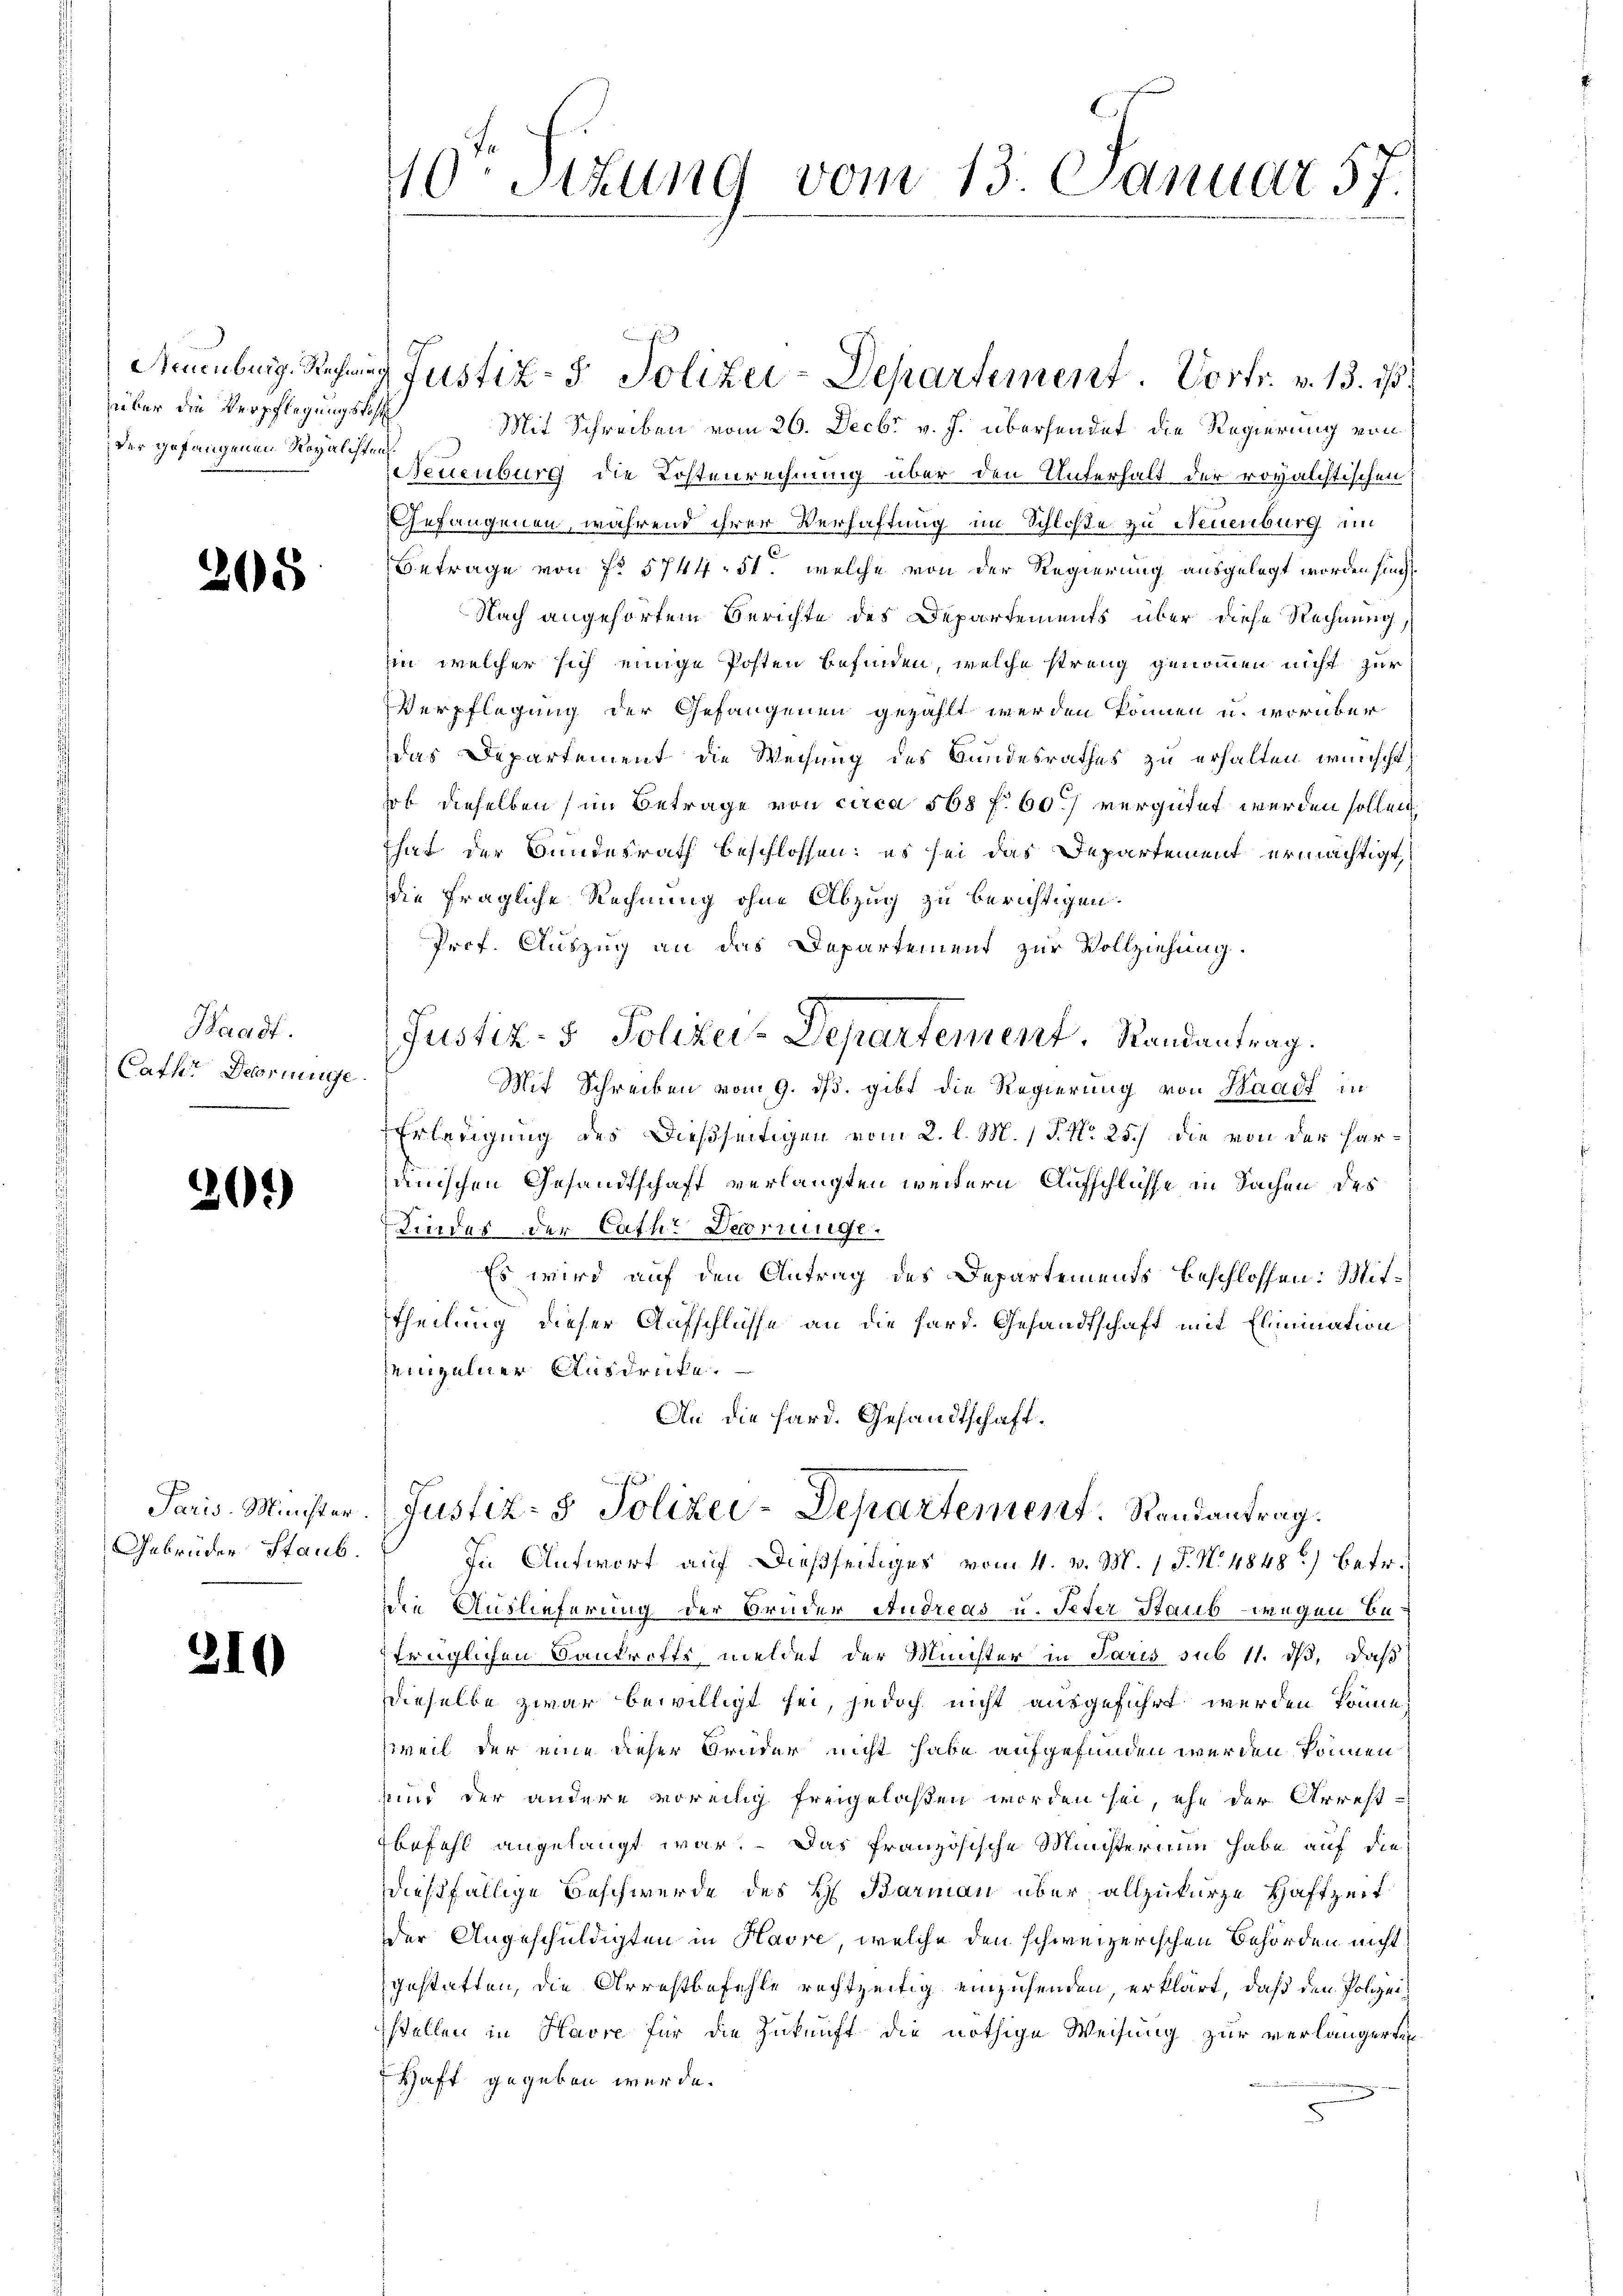
Neuenburg. Rechnen.
über die Verpflegungskos
der gefangenen Regalisten

205

Bradf.
Cathe Decoringe

26)

Paris-Minister
Gebrüder Staub.

310

40 Stzung vom 13. Januar 57.

Mit Schreiben vom 26. Decbr v. J. übersendet die Regierung von
Neuenburg die Kostenrechnung über den Unterhalt der royalchtischen
Gefangenen, während ihrer Verhaftung im Schloße zu Neuenburg in
Betrage von f. 5744. 51. welche von der Regierung ausgelegt worden sind.
Nach angehörtem Berichte des Departements über diese Rechnung,
in welcher sich einige Posten befinden, welche streng genommen nicht zur
Verpflegung der Gefangenen gezahlt werden können u. worüber
das Departement die Weisung des Bundesrathes zu erhalten wünscht,
hob dieselben (im Betrage von circa 568 f. 60 vergütet werden sollen
That der Bundesrath beschlossen: es sei das Departement ermächtigt,
die fragliche Rechnung ohne Abzug zu berichtigen.
Prof. Auszug an das Departement zur Vollziehung.
Justiz- & Polizei-Departement. Randantrag.
Mit Schreiben vom 9. ds. gibt die Regierung von Waadt in
Erledigung des Dießseitigen vom 2. l. M. P. No 25.) die von der haranischen Gesandtschaft verlangten weitern Aufschlüsse in Sachen des
Kinder der Cathe Debringe.
Es wird auf den Antrag des Departements beschlossen: Mittheilung dieser Aufschlüsse an die hard. Gesandtschaft mit Elimination
einzelner Ausdrücke.
An die Hard. Gesandtschaft.
Justiz- & Polizei-Departement Randantrag.
In Antwort auf dießseitiges vom 4. v. M. 1 P. N. 4848) betr.
die Auslieferung der Bruder Andreas u. Peter Staub wegen Betrüglichen Sankrotts meldet der Minister in Paris sub 11. ds, daß
dieselbe zwar bewilligt sei, jedoch nicht ausgeführt werden könne,
weil der eine dieser Bruder nicht habe aufgefunden werden können
uid der andere voreilig freigelassen worden sei, ehe der Arrest-
befehl angelangt war. Das französische Ministerium habe auf die
dießfällige Beschwerde des H. Barman über allzukurze Haftzeit
der Angeschuldigten in Havre, welche den schweizerischen Behörden nicht
gestatten, die Arrestbefehle rechtzeitig einzusenden, erklärt, daß den Polizeistellen in Havre für die Zukunft die nöthige Weisung zur verlängerte
Hhaft gegeben werde.

d Justiz- & Polizei-Departement. Vortr. v. 13. ds.